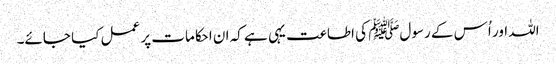
اللہ اور اُس کے رسولﷺ کی اطاعت یہی ہے کہ ان احکامات پر عمل کیا جائے۔